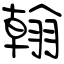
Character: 翰